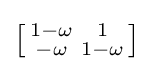
\left[{\begin{smallmatrix}1-\omega &1\\-\omega &1-\omega \end{smallmatrix}}\right]